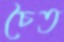
চৈত